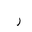
Letter: _ra